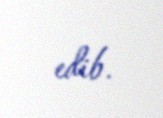
edib.